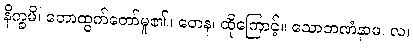
နိက္ခမိ၊ တောထွက်တော်မူ၏။ တေန၊ ထိုကြောင့်။ သောဘဏံနာမ၊ လ၊